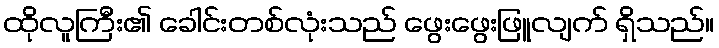
ထိုလူကြီး၏ ခေါင်းတစ်လုံးသည် ဖွေးဖွေးဖြူလျက် ရှိသည်။